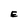
Character: E